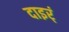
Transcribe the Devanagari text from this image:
दाइर्ं